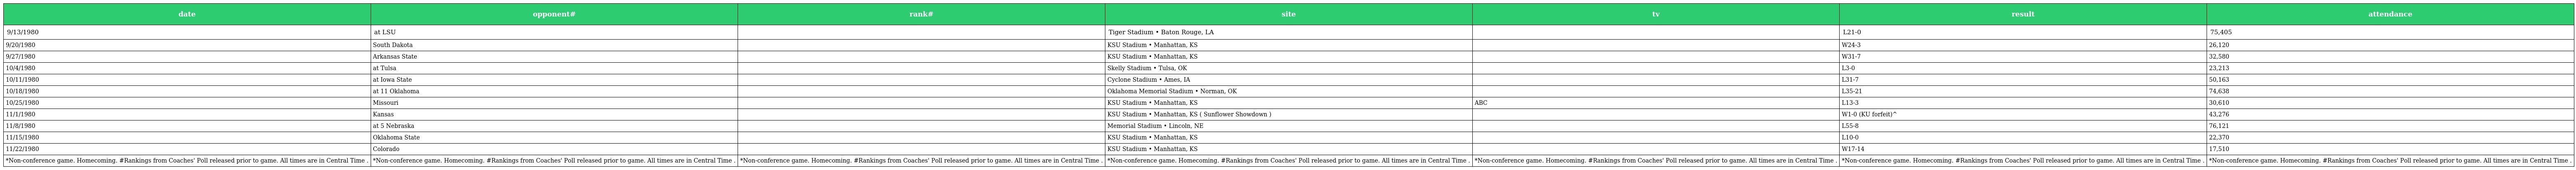
| date | opponent# | rank# | site | tv | result | attendance |
 | --- | --- | --- | --- | --- | --- | --- |
 | 9/13/1980 | at LSU |  | Tiger Stadium • Baton Rouge, LA |  | L21-0 | 75,405 |
 | 9/20/1980 | South Dakota |  | KSU Stadium • Manhattan, KS |  | W24-3 | 26,120 |
 | 9/27/1980 | Arkansas State |  | KSU Stadium • Manhattan, KS |  | W31-7 | 32,580 |
 | 10/4/1980 | at Tulsa |  | Skelly Stadium • Tulsa, OK |  | L3-0 | 23,213 |
 | 10/11/1980 | at Iowa State |  | Cyclone Stadium • Ames, IA |  | L31-7 | 50,163 |
 | 10/18/1980 | at 11 Oklahoma |  | Oklahoma Memorial Stadium • Norman, OK |  | L35-21 | 74,638 |
 | 10/25/1980 | Missouri |  | KSU Stadium • Manhattan, KS | ABC | L13-3 | 30,610 |
 | 11/1/1980 | Kansas |  | KSU Stadium • Manhattan, KS ( Sunflower Showdown ) |  | W1-0 (KU forfeit)^ | 43,276 |
 | 11/8/1980 | at 5 Nebraska |  | Memorial Stadium • Lincoln, NE |  | L55-8 | 76,121 |
 | 11/15/1980 | Oklahoma State |  | KSU Stadium • Manhattan, KS |  | L10-0 | 22,370 |
 | 11/22/1980 | Colorado |  | KSU Stadium • Manhattan, KS |  | W17-14 | 17,510 |
 | *Non-conference game. Homecoming. #Rankings from Coaches' Poll released prior to game. All times are in Central Time . | *Non-conference game. Homecoming. #Rankings from Coaches' Poll released prior to game. All times are in Central Time . | *Non-conference game. Homecoming. #Rankings from Coaches' Poll released prior to game. All times are in Central Time . | *Non-conference game. Homecoming. #Rankings from Coaches' Poll released prior to game. All times are in Central Time . | *Non-conference game. Homecoming. #Rankings from Coaches' Poll released prior to game. All times are in Central Time . | *Non-conference game. Homecoming. #Rankings from Coaches' Poll released prior to game. All times are in Central Time . | *Non-conference game. Homecoming. #Rankings from Coaches' Poll released prior to game. All times are in Central Time . |